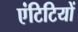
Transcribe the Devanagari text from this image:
एंटिटियों